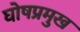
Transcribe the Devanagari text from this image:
घोषप्रमुख